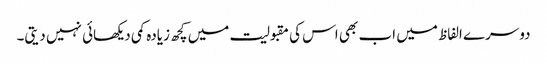
دوسرے الفاظ میں اب بھی اس کی مقبولیت میں کچھ زیادہ کمی دیکھائی نہیں دیتی۔